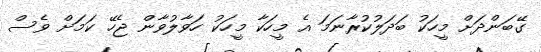
ގޭބަންދަށް މީހަކު ބަދަލުކުރާނަމަ އެ މީހަކާ މީހަކު ހަވާލުވާން ޖެހޭ ކަމަށް ވެސް